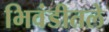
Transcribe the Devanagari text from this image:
भिवंडीतले